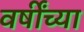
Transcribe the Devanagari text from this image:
वर्षींच्या